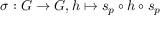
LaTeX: \sigma : G \to G , h \mapsto s _ { p } \circ h \circ s _ { p }